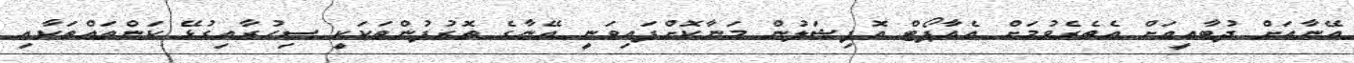
އޭނާއަށް ދުބާއީއަށް އެތެރެވުމަށް އެއާޕޯޓް އޮފިޝަލުން މަނާކޮށްފައިވަނީ އޭނާގެ ތޮރުފުންތަކަކީ ސިހުރާއިގުޅޭ ކަންތައްތަކާއި